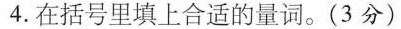
4.在括号里填上合适的量词。(3分)